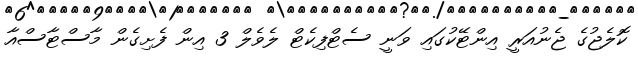
ކޮލެޖުގެ ޖެނުއަރީ އިންޓޭކުގައި ވަނީ ސެޓްފިކެޓް ލެވެލް 3 އިން ފެށިގެން މާސްޓާސްއާ